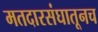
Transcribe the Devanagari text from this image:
मतदारसंघातूनच